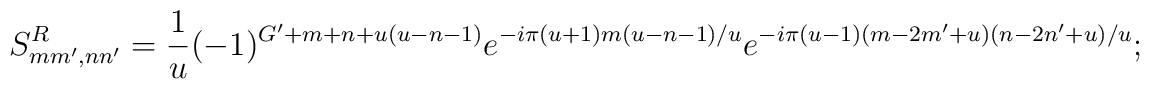
S^R_{mm',nn'}=\frac{1}{u} (-1)^{G'+m+n+u(u-n-1)}e^{-i\pi(u+1)m(u-n-1)/u} e^{-i\pi(u-1)(m-2m'+u)(n-2n'+u)/u};